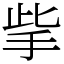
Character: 㧘